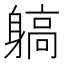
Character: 𨉲